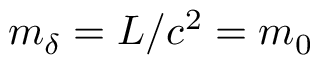
m _ { \delta } = { L } / { c ^ { 2 } } = m _ { 0 }